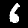
Digit: 6